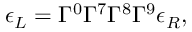
\epsilon _ { L } = \Gamma ^ { 0 } \Gamma ^ { 7 } \Gamma ^ { 8 } \Gamma ^ { 9 } \epsilon _ { R } ,